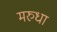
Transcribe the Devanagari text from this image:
मरुधा